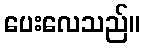
ပေးလေသည်။